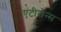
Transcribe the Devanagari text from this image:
एंटीसेन्स